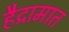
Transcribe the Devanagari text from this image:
हैद्रामात